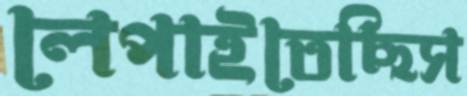
লেপাইতেছিস